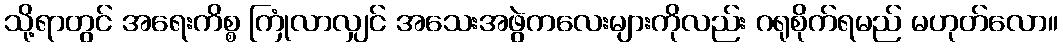
သို့ရာတွင် အရေးကိစ္စ ကြုံလာလျှင် အသေးအဖွဲကလေးများကိုလည်း ဂရုစိုက်ရမည် မဟုတ်လော။